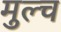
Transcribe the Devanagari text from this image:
मुल्च